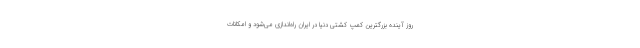
روز آینده بزرگترین کمپ کشتی دنیا در ایران راه‌اندازی می‌شود و امکانات